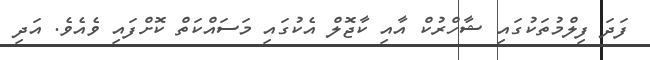
ފަދަ ފިލްމުތަކުގައި ޝާހްރުކް އާއި ކާޖޮލް އެކުގައި މަސައްކަތް ކޮށްފައި ވެއެވެ. އަދި